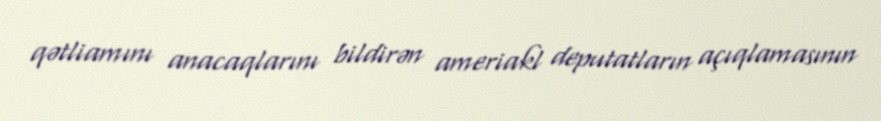
qətliamını anacaqlarını bildirən ameriakl deputatların açıqlamasının